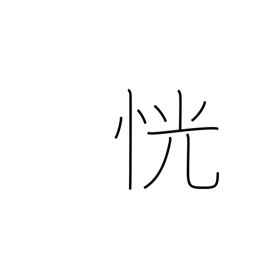
Meaning: unclear